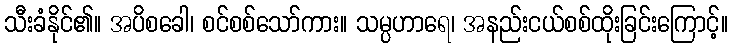
သီးခံနိုင်၏။ အပိစခေါ၊ စင်စစ်သော်ကား။ သမ္ပဟာရေ၊ အနည်းငယ်စစ်ထိုးခြင်းကြောင့်။